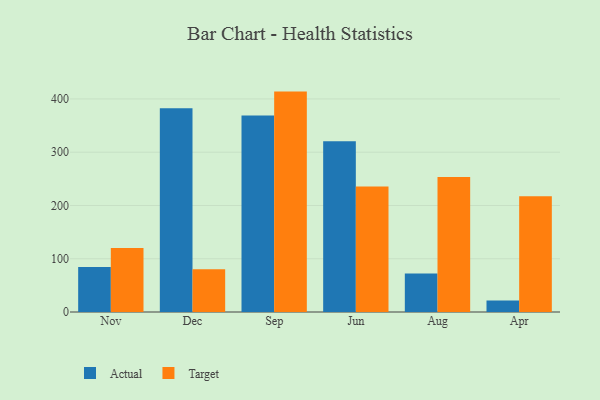
{"axis": {"x": "Month", "y": "Shipments"}, "legend": ["Actual", "Target"], "data": [{"x": "Nov", "y": 84.4, "type": "Actual"}, {"x": "Nov", "y": 120.1, "type": "Target"}, {"x": "Dec", "y": 382.7, "type": "Actual"}, {"x": "Dec", "y": 80.2, "type": "Target"}, {"x": "Sep", "y": 368.8, "type": "Actual"}, {"x": "Sep", "y": 413.8, "type": "Target"}, {"x": "Jun", "y": 320.8, "type": "Actual"}, {"x": "Jun", "y": 235.8, "type": "Target"}, {"x": "Aug", "y": 72.1, "type": "Actual"}, {"x": "Aug", "y": 253.6, "type": "Target"}, {"x": "Apr", "y": 21.6, "type": "Actual"}, {"x": "Apr", "y": 217.3, "type": "Target"}]}